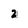
Character: 2